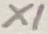
Text: X1